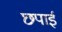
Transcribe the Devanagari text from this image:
छपार्इ